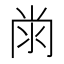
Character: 𭁭